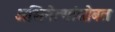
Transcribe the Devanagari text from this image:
अभिनेत्यांसोबत